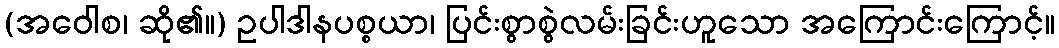
(အဝေါစ၊ ဆို၏။) ဥပါဒါနပစ္စယာ၊ ပြင်းစွာစွဲလမ်းခြင်းဟူသော အကြောင်းကြောင့်။